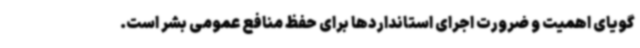
گویای اهمیت و ضرورت اجرای استانداردها برای حفظ منافع عمومی بشر است.